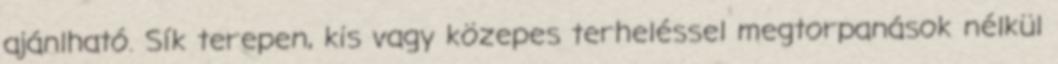
ajánlható. Sík terepen, kis vagy közepes terheléssel megtorpanások nélkül